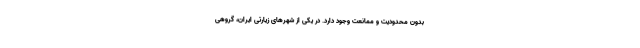
بدون محدودیت و ممانعت وجود دارد. در یکی از شهرهای زیارتی ایران، گروهی